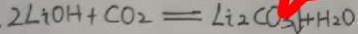
2 L i O H + C O _ { 2 } = L i 2 C O _ { 2 } \downarrow + H _ { 2 } O